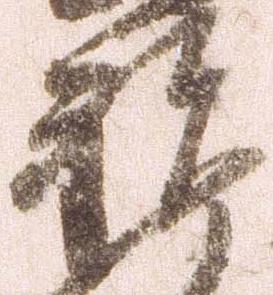
祝